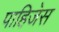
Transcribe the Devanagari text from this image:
पाहिजेस